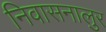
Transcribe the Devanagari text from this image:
निवासनालुर